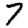
Digit: 7